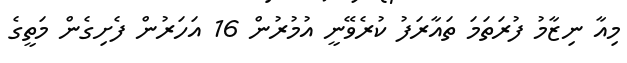
މިއާ ނިޒާމު ފުރަތަމަ ތައާރަފު ކުރެވޭނީ އުމުރުން 16 އަހަރުން ފެށިގެން މަތީގެ